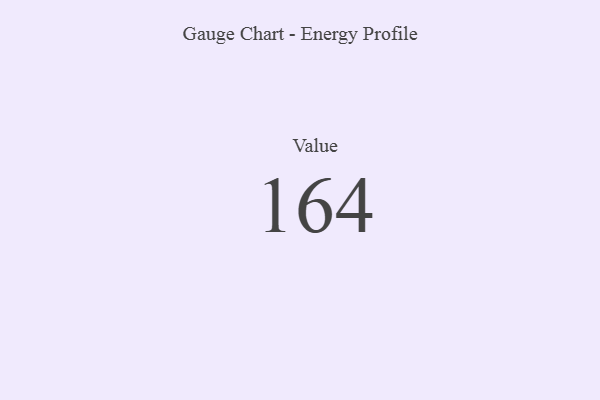
{"axis": {"x": "Metric", "y": "Value"}, "legend": [""], "data": [{"x": "Value", "y": 164, "type": ""}]}